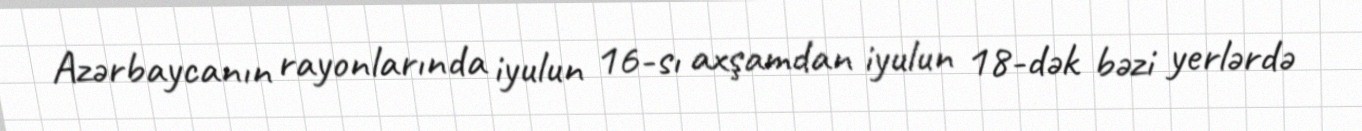
Azərbaycanın rayonlarında iyulun 16-sı axşamdan iyulun 18-dək bəzi yerlərdə